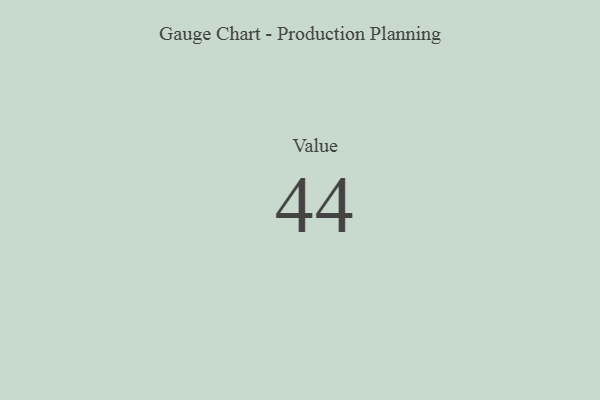
{"axis": {"x": "Metric", "y": "Value"}, "legend": [""], "data": [{"x": "Value", "y": 44, "type": ""}]}